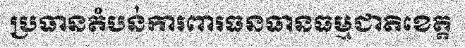
ប្រធានតំបន់ការពារធនធានធម្មជាតិខេត្ត